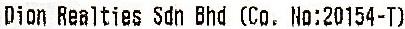
DION REALTIES SDN BHD (CO. NO:20154-T)